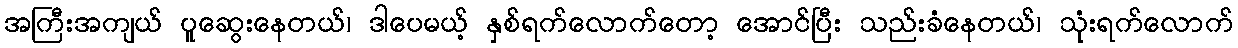
အကြီးအကျယ် ပူဆွေးနေတယ်၊ ဒါပေမယ့် နှစ်ရက်လောက်တော့ အောင်ပြီး သည်းခံနေတယ်၊ သုံးရက်လောက်